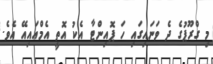
މި ގްރޫޕުގެ ދެ ވަނައިގައި ހަ ޕޮއިންޓާ އެކު އޮތީ އެމްއައިއޭ އެވެ.